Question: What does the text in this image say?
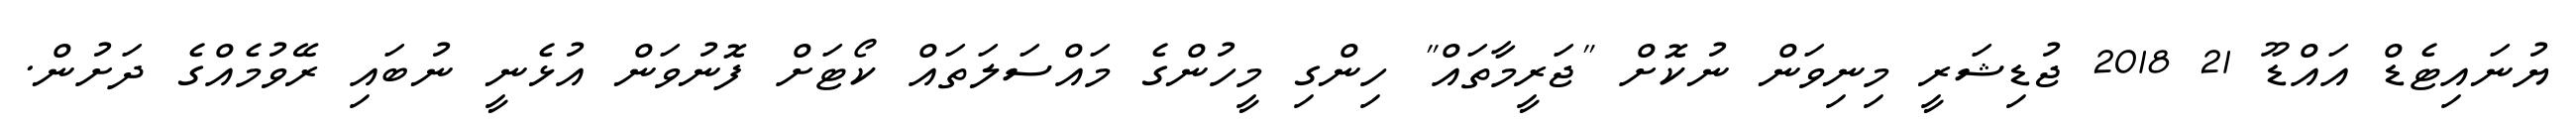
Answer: ޔުނައިޓެޑް އައްޑޫ 21 2018 ޖުޑިޝަރީ މިނިވަން ނުކޮށް "ޖަރީމާތައް" ހިންގި މީހުންގެ މައްސަލަތައް ކޯޓަށް ފޮނުވަން އުޅެނީ ނުބައި ރޭވުމެއްގެ ދަށުން.